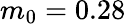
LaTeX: m_{0}=0.28